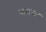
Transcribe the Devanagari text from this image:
भाराथान